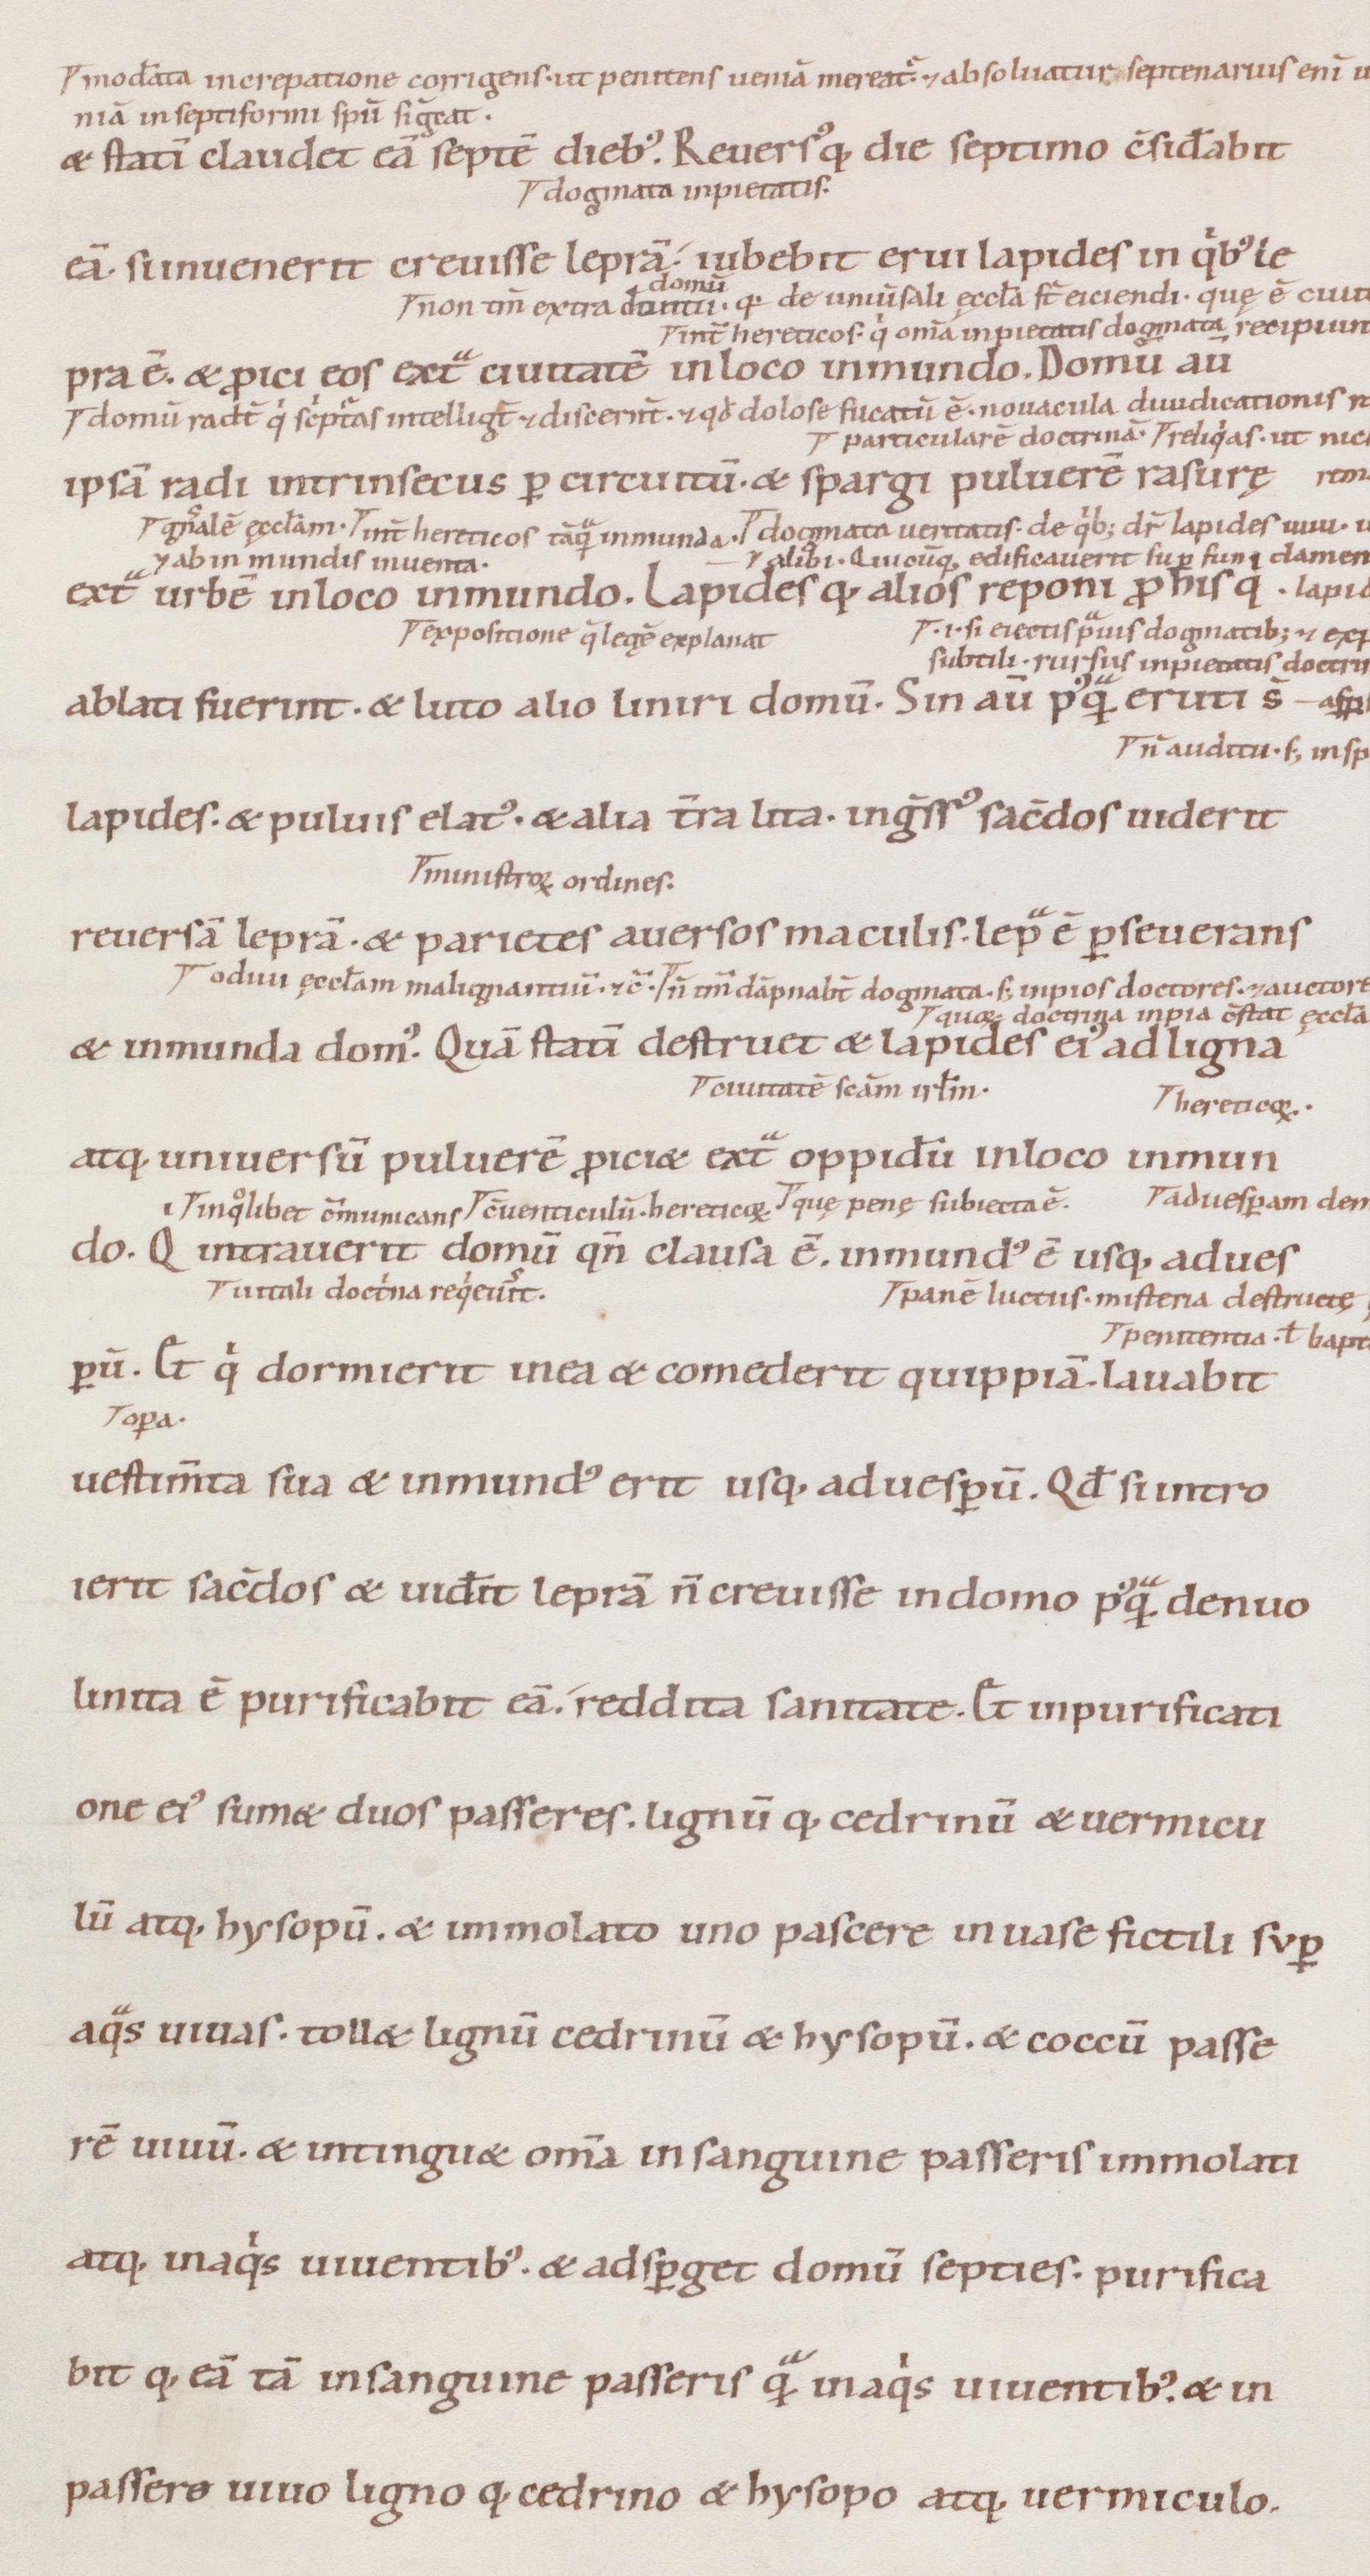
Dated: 1100–1199